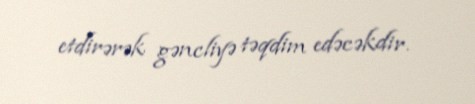
etdirərək gəncliyə təqdim edəcəkdir.